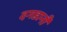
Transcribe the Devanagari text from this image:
दगडानी